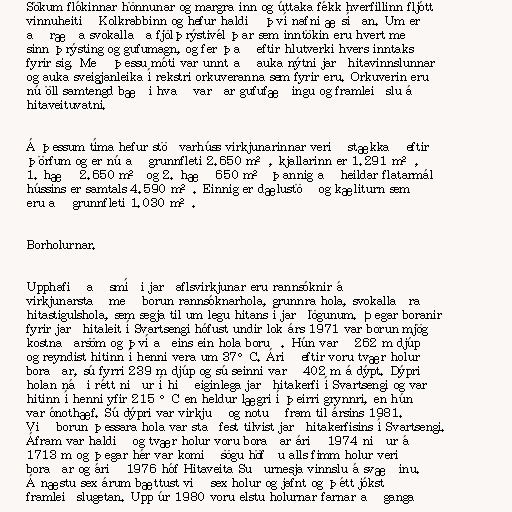
Sökum flókinnar hönnunar og margra inn og úttaka fékk hverfillinn fljótt
vinnuheitið Kolkrabbinn og hefur haldið því nafni æ síðan. Um er
að ræða svokallaða fjölþrýstivél þar sem inntökin eru hvert með
sinn þrýsting og gufumagn, og fer það eftir hlutverki hvers inntaks
fyrir sig. Með þessu móti var unnt að auka nýtni jarðhitavinnslunnar
og auka sveigjanleika í rekstri orkuveranna sem fyrir eru. Orkuverin eru
nú öll samtengd bæði hvað varðar gufufæðingu og framleiðslu á
hitaveituvatni.

Á þessum tíma hefur stöðvarhúss virkjunarinnar verið stækkað eftir
þörfum og er nú að grunnfleti 2.650 m², kjallarinn er 1.291 m²,
1. hæð 2.650 m² og 2. hæð 650 m² þannig að heildar flatarmál
hússins er samtals 4.590 m². Einnig er dælustöð og kæliturn sem
eru að grunnfleti 1.030 m².

Borholurnar.

Upphafið að smíði jarðaflsvirkjunar eru rannsóknir á
virkjunarstað með borun rannsóknarhola, grunnra hola, svokallaðra
hitastigulshola, sem segja til um legu hitans í jarðlögunum. Þegar boranir
fyrir jarðhitaleit í Svartsengi hófust undir lok árs 1971 var borun mjög
kostnaðarsöm og því aðeins ein hola boruð. Hún varð 262 m djúp
og reyndist hitinn í henni vera um 37°C. Árið eftir voru tvær holur
boraðar, sú fyrri 239 m djúp og sú seinni varð 402 m á dýpt. Dýpri
holan náði rétt niður í hið eiginlega jarðhitakerfi í Svartsengi og var
hitinn í henni yfir 215 °C en heldur lægri í þeirri grynnri, en hún
var ónothæf. Sú dýpri var virkjuð og notuð fram til ársins 1981.
Við borun þessara hola var staðfest tilvist jarðhitakerfisins í Svartsengi.
Áfram var haldið og tvær holur voru boraðar árið 1974 niður á
1713 m og þegar hér var komið sögu höfðu alls fimm holur verið
boraðar og árið 1976 hóf Hitaveita Suðurnesja vinnslu á svæðinu.
Á næstu sex árum bættust við sex holur og jafnt og þétt jókst
framleiðslugetan. Upp úr 1980 voru elstu holurnar farnar að ganga